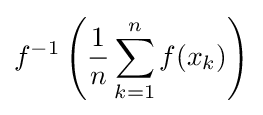
f^{-1}\left({\frac {1}{n}}\sum _{k=1}^{n}f(x_{k})\right)